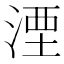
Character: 湮